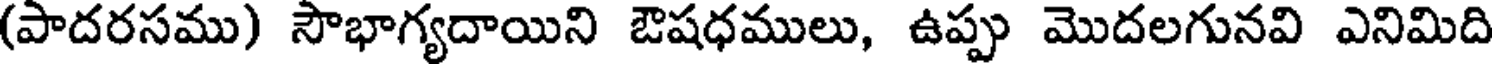
(పాదరసము) సౌభాగ్యదాయిని ఔషధములు, ఉప్పు మొదలగునవి ఎనిమిది